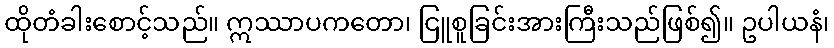
ထိုတံခါးစောင့်သည်။ ဣဿာပကတော၊ ငြူစူခြင်းအားကြီးသည်ဖြစ်၍။ ဥပါယနံ၊